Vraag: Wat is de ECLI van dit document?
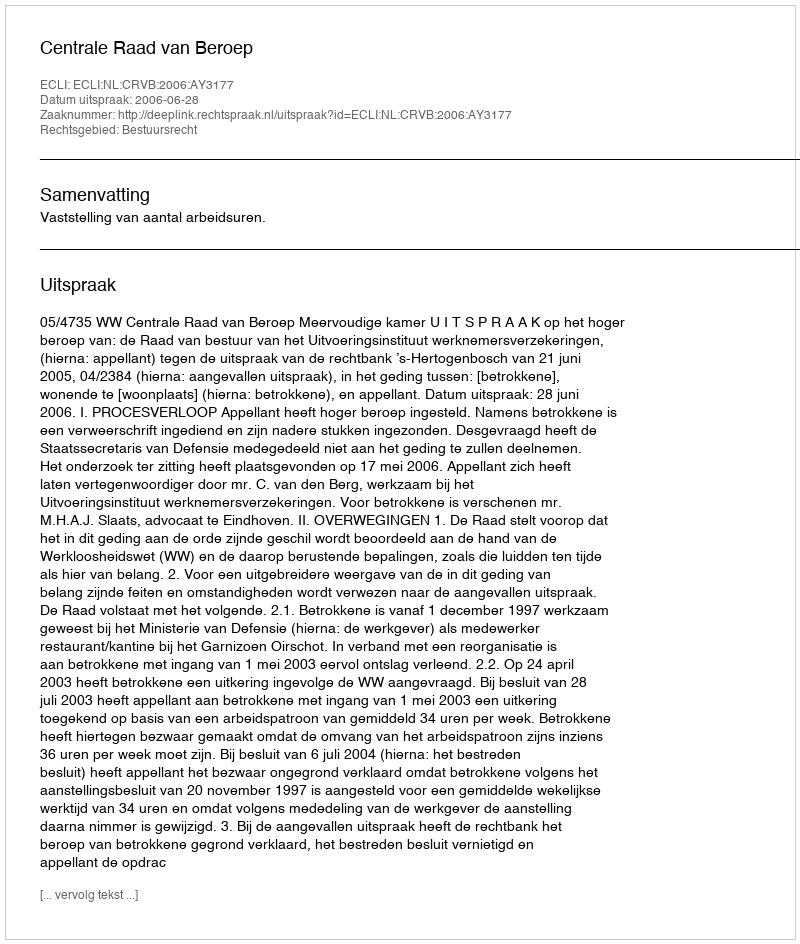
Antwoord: ECLI:NL:CRVB:2006:AY3177